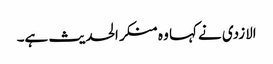
الازدی نے کہا وہ منکر الحدیث ہے۔